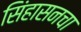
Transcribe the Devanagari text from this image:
सिंहासनचा